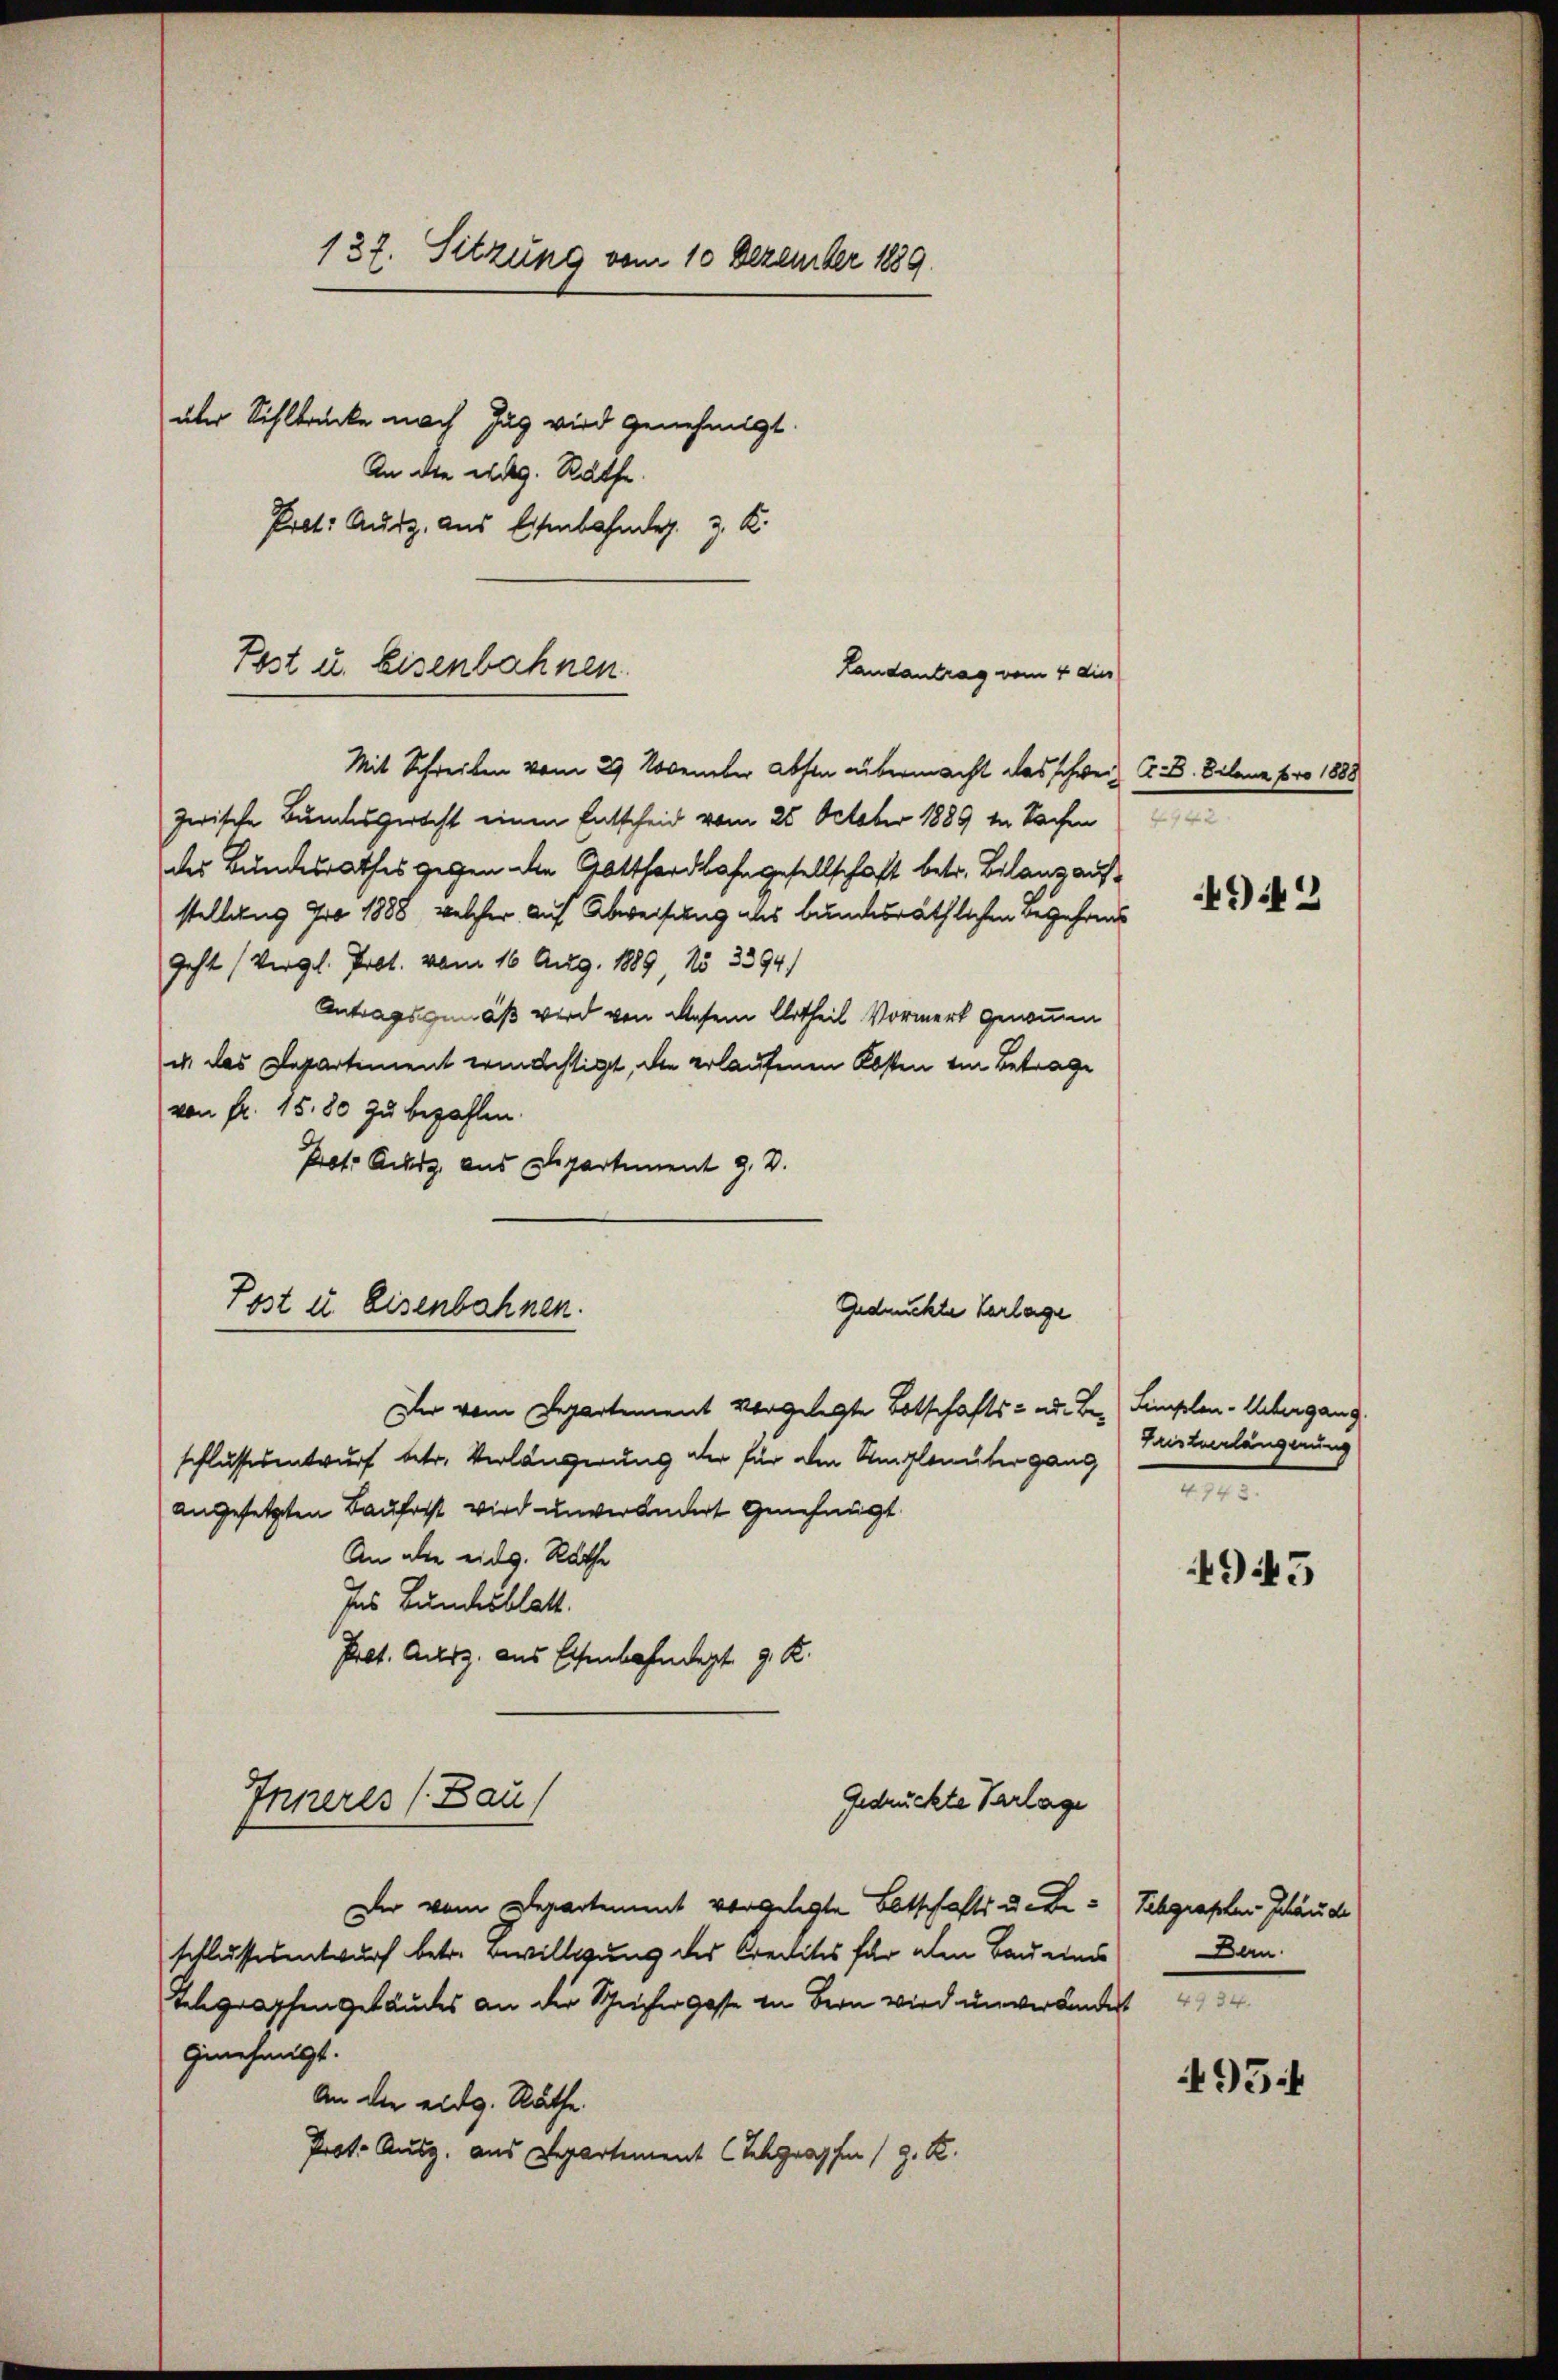
137. Sitzung vom 10 Dezember 1889.
über Sihlbrücke nach Zug wird genehmigt.

An die eidg. Rathe
Pret: Ausz. aus Esenbahnder z. K.
Landantrag vom 4 dies
Mit Schreiben vom 29. November Absen übermacht das schweizwische Bundesgericht einen Entscheid vom 25. October 1889 in Sachen
der Bundesrathes gegen die Gotthardbahngesellschaft betr. Bilanz aufstellung pro 1888, welcher auf Abweisung als bundesräthlichen Begehrens
Geht (Vergl. Prot. vom 16. Aug. 1889 No 3394)
Antragsgemäß wird von diesem Urtheil Vormerk genommen
i das Departement ermächtigt, die erlaufenen Kosten von Betrage
von fr. 15,80 zu bezahlen.
Prot. Achtz aus Departement 9. D.
Gedruckte Verlage
Der vom Departement vorgelegte Botschafts- ad. Be. Limplen-Uebergang
schlussesentwurf betr. Verlängerung der für die Siglonütergang
angesetzten Baufasst wird unverändert genehmigt.
An alle eidg. Rathe
Ins Bundesblatt.
Prot. Ausz. aus Eisenbahndept. 9. K.
Inneres (Bau
Gedrückte Verlage
Der vom Departement vorgelegte Botschafts u. Beschlussesentwurf betr. Bewilligung des Credites für alen Bau eines
Telegraphengebäudes an der Schriffer geste in Bern wird unverändert
Genehmigt.
An die eidg. Räthe.
Prot. Ausg. aus Departement (Schgraphen (z. B.

Pest u. Eisenbahnen.

Post in Eisenbahnen.

G. B. Schanz pro 1888
e

Fristverlängerung

92

945

Schgraphen- Schände
Dern.

95 f